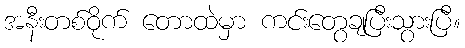
အနီးတစ်ဝိုက် တောထဲမှာ ကင်းတွေချပြီးသွားပြီ။